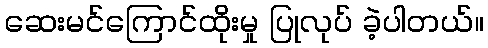
ဆေးမင်ကြောင်ထိုးမှု ပြုလုပ် ခဲ့ပါတယ်။